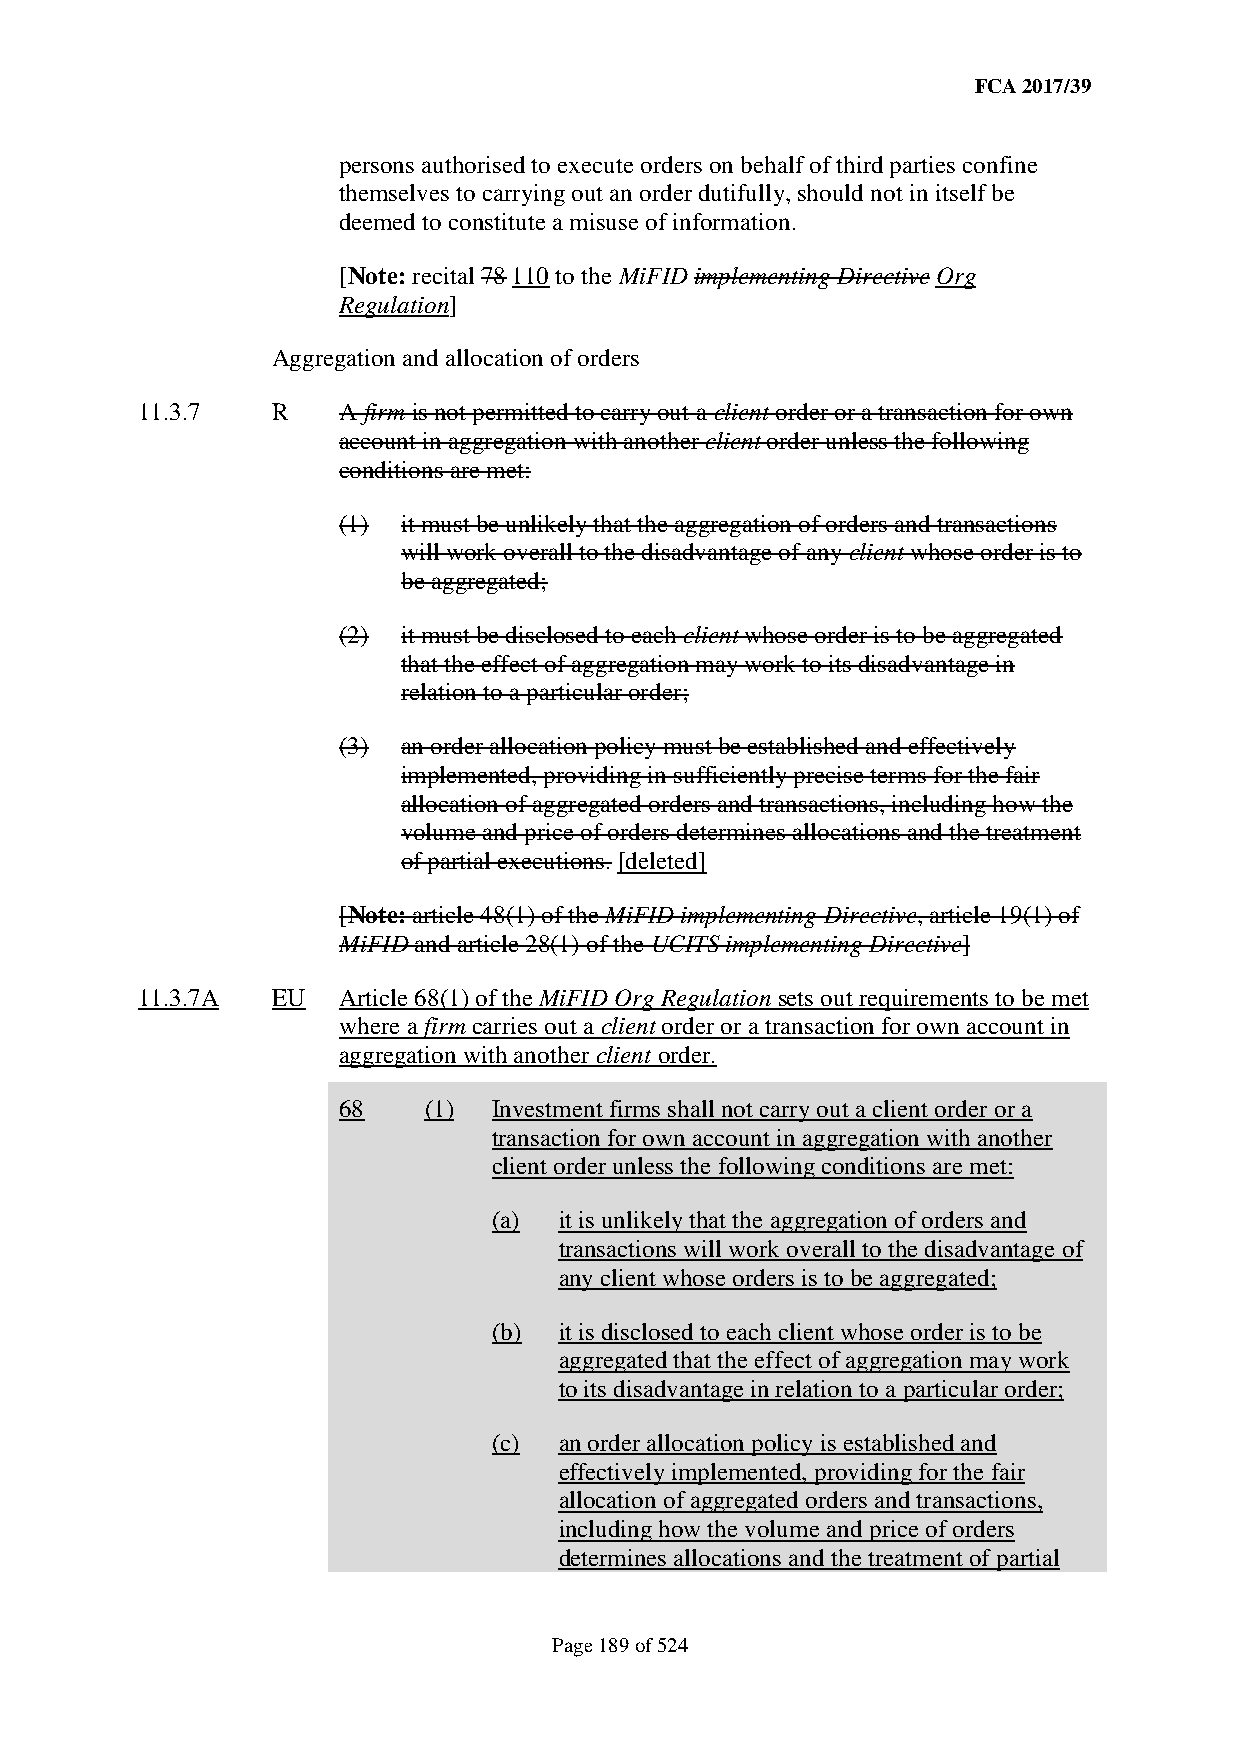
FCA 2017/39
 persons authorised to execute orders on behalf of third parties confine
 themselves to carrying out an order dutifully, should not in itself be
 deemed to constitute a misuse of information.
 [Note: recital 78 110 to the MiFID implementing Directive Org
 Regulation]
 Aggregation and allocation of orders
 11.3.7   R   A firm is not permitted to carry out a client order or a transaction for own
 account in aggregation with another client order unless the following
 conditions are met:
 (1)  it must be unlikely that the aggregation of orders and transactions
 will work overall to the disadvantage of any client whose order is to
 be aggregated;
 (2)  it must be disclosed to each client whose order is to be aggregated
 that the effect of aggregation may work to its disadvantage in
 relation to a particular order;
 (3)  an order allocation policy must be established and effectively
 implemented, providing in sufficiently precise terms for the fair
 allocation of aggregated orders and transactions, including how the
 volume and price of orders determines allocations and the treatment
 of partial executions. [deleted]
 [Note: article 48(1) of the MiFID implementing Directive, article 19(1) of
 MiFID and article 28(1) of the UCITS implementing Directive]
 11.3.7A  EU  Article 68(1) of the MiFID Org Regulation sets out requirements to be met
 where a firm carries out a client order or a transaction for own account in
 aggregation with another client order.
 68    (1)  Investment firms shall not carry out a client order or a
 transaction for own account in aggregation with another
 client order unless the following conditions are met:
 (a) it is unlikely that the aggregation of orders and
 transactions will work overall to the disadvantage of
 any client whose orders is to be aggregated;
 (b) it is disclosed to each client whose order is to be
 aggregated that the effect of aggregation may work
 to its disadvantage in relation to a particular order;
 (c) an order allocation policy is established and
 effectively implemented, providing for the fair
 allocation of aggregated orders and transactions,
 including how the volume and price of orders
 determines allocations and the treatment of partial
 Page 189 of 524